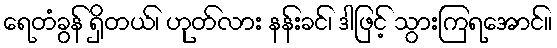
ရေတံခွန် ရှိတယ်၊ ဟုတ်လား နန်းခင်၊ ဒါဖြင့် သွားကြရအောင်။